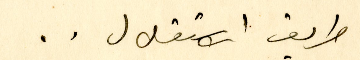
طريق الاستقلال ..